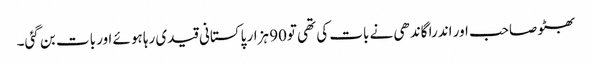
بھٹو صاحب اور اندرا گاندھی نے بات کی تھی تو90 ہزار پاکستانی قیدی رہا ہوئے اور بات بن گئی۔